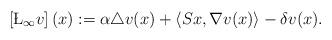
LaTeX: \begin{align*} \left[\L_{\infty}v\right](x):=\alpha\triangle v(x)+\left\langle Sx,\nabla v(x)\right\rangle-\delta v(x). \end{align*}